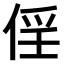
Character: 𠉰